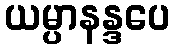
ယမ္ပာနန္ဒပေ